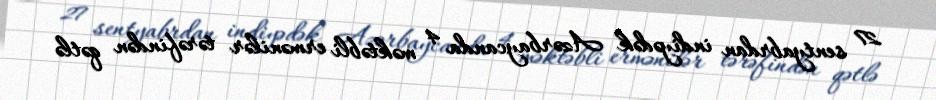
27 sentyabrdan indiyədək Azərbaycanda 4 məktəbli ermənilər tərəfindən qətlə